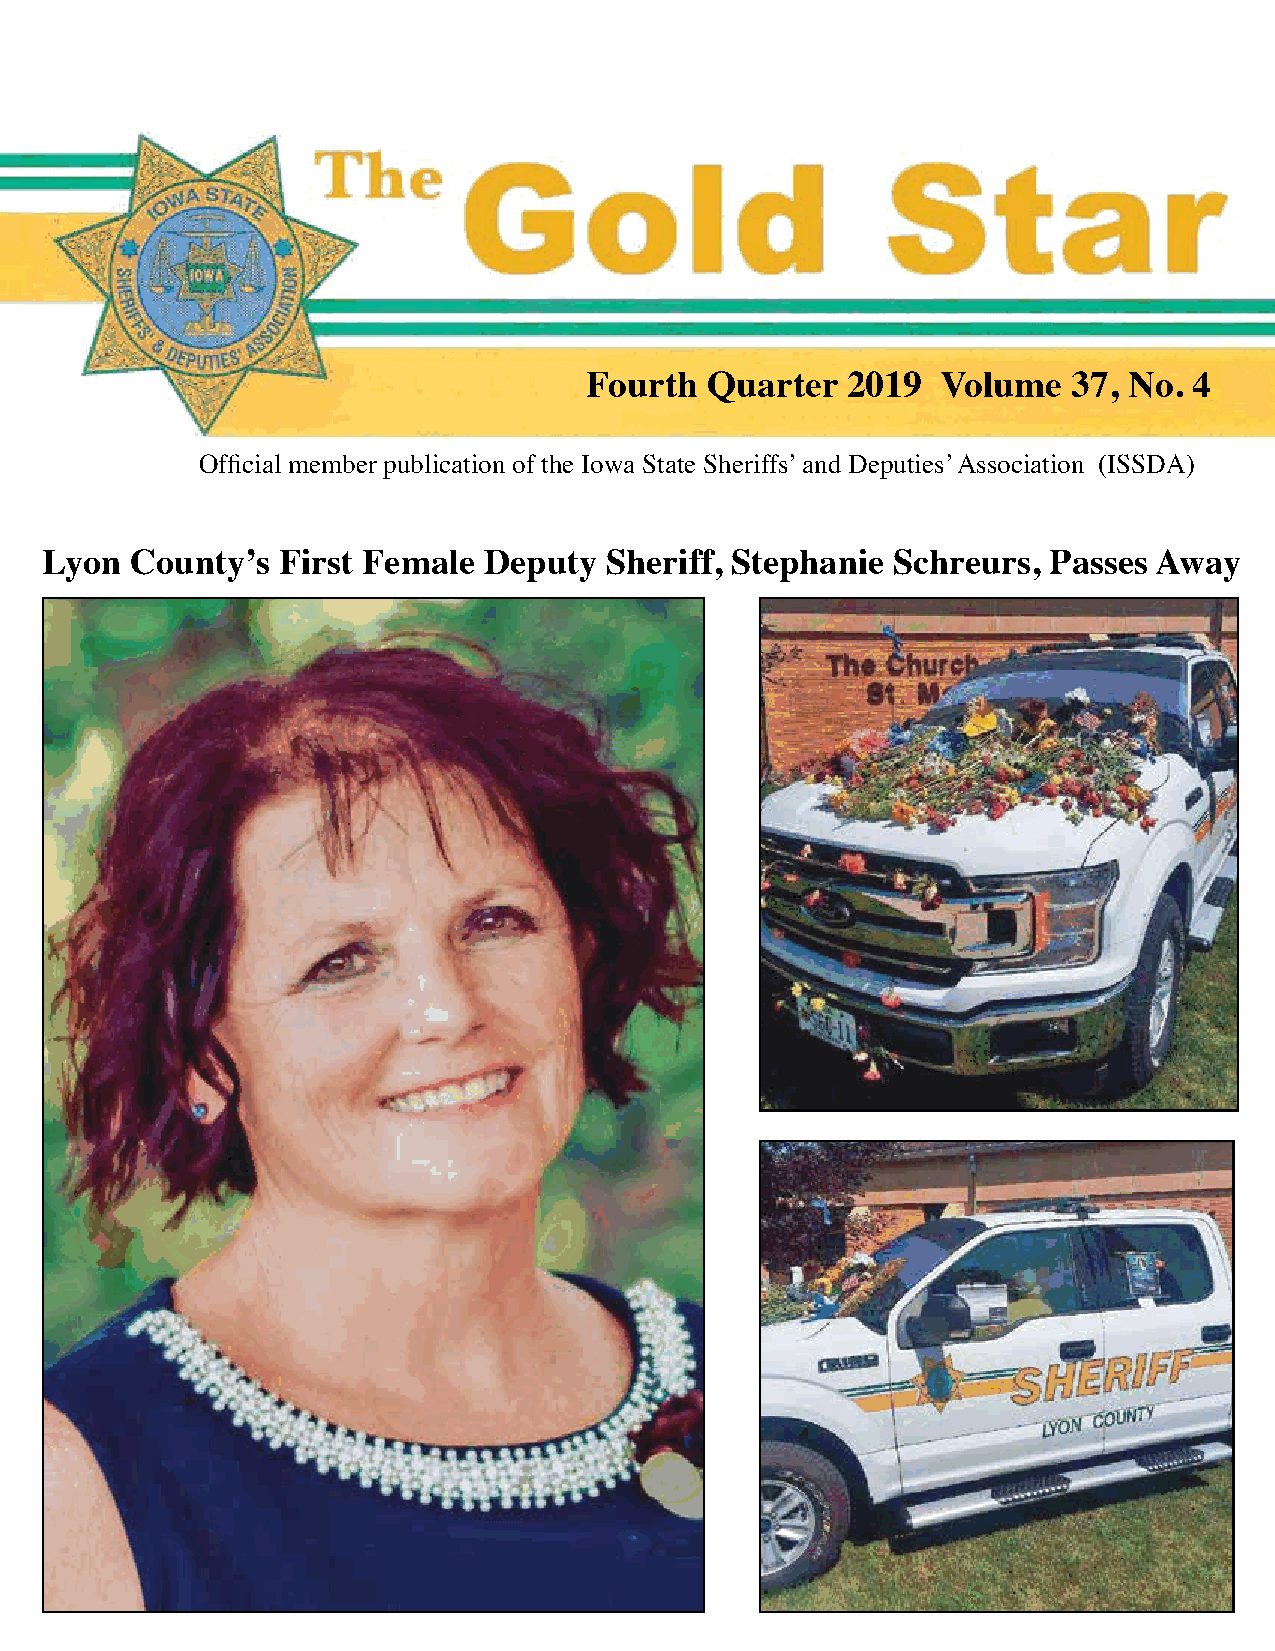
Fourth  Quarter  2019  Volume   37, No. 4
 Official member publication of the Iowa State Sheriffs’ and Deputies’ Association (ISSDA)
 Lyon  County’s First Female  Deputy  Sheriff, Stephanie Schreurs, Passes Away